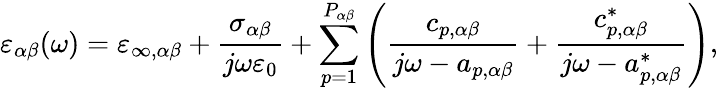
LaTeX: \varepsilon_{\alpha\beta}(\omega)=\varepsilon_{\infty,\alpha\beta}+\frac{\sigma_{\alpha\beta}}{j\omega\varepsilon_{0}}+\sum_{p=1}^{P_{\alpha\beta}}\left(\frac{c_{p,\alpha\beta}}{j\omega-a_{p,\alpha\beta}}+\frac{c_{p,\alpha\beta}^{*}}{j\omega-a_{p,\alpha\beta}^{*}}\right),